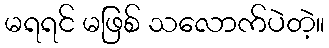
မရရင် မဖြစ် သလောက်ပဲတဲ့။